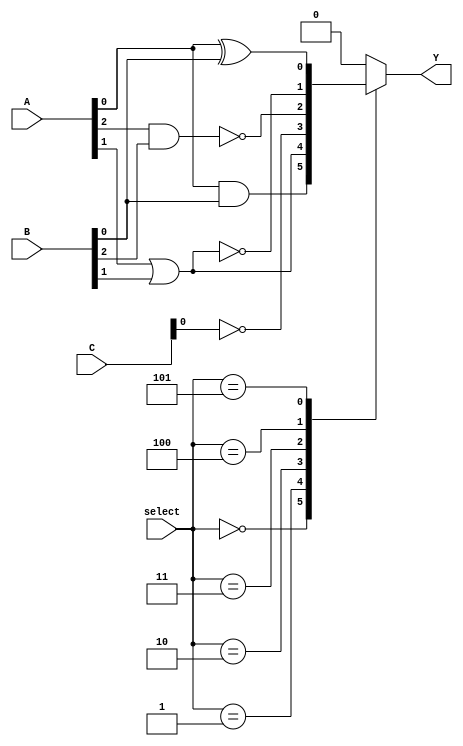
module CLB (
    input wire [2:0] A,          // 3-bit input (A0, A1, A2)
    input wire [2:0] B,          // 3-bit input (B0, B1, B2)
    input wire [2:0] C,          // 3-bit input (C0, C1, C2)
    input wire [2:0] select,     // Select lines for the logic function
    output wire Y                // Output
);

// Internal signals for intermediate logic
wire and_out, or_out, not_out, nand_out, nor_out, xor_out;

// Logic gates
assign and_out = A[0] & B[0]; // AND operation
assign or_out = A[1] | B[1];  // OR operation
assign not_out = ~C[0];        // NOT operation
assign nand_out = ~(A[2] & B[2]); // NAND operation
assign nor_out = ~(A[1] | B[1]);   // NOR operation
assign xor_out = A[0] ^ B[0]; // XOR operation

// Multiplexer to select the output based on the select lines
always @(*) begin
    case (select)
        3'b000: Y = and_out;    // Select AND output
        3'b001: Y = or_out;     // Select OR output
        3'b010: Y = not_out;    // Select NOT output
        3'b011: Y = nand_out;   // Select NAND output
        3'b100: Y = nor_out;    // Select NOR output
        3'b101: Y = xor_out;    // Select XOR output
        default: Y = 1'b0;      // Default case
    endcase
end

endmodule